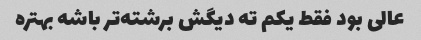
عالی بود فقط یکم ته دیگش برشته‌تر باشه بهتره